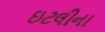
ઇટલીના